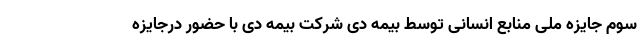
سوم جایزه ملی منابع انسانی توسط بیمه دی شرکت بیمه دی با حضور درجایزه